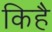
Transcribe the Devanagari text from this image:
किहै